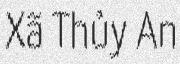
Xã Thủy An